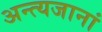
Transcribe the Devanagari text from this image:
अन्त्यजानां